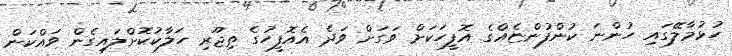
ހުޅުމާލޭގައި ހުންނަ ކުންފުންޏެއްގެ އޮފީހަކަށް ވަގަށް ވަދެ އެއޮފީހުގެ ތިޖޫރި ހަލާކުކޮށްލައިގެން ވައްކަން